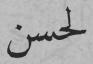
لحسن